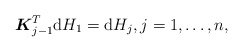
\begin{align*} \boldsymbol{K}_{j-1} ^T\mathrm{d} H_1=\mathrm{d} H_{j},j=1,\ldots,n ,\end{align*}